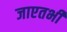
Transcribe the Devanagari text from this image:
जाएतभी